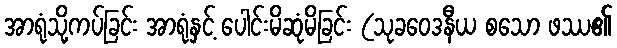
အာရုံသို့ကပ်ခြင်း အာရုံနှင့် ပေါင်းမိဆုံမိခြင်း (သုခဝေဒနီယ စသော ဖဿ၏